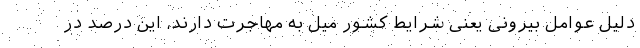
دلیل عوامل بیرونی یعنی شرایط کشور میل به مهاجرت دارند، این درصد در